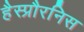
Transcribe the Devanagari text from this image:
हैस्प्रौरनिस